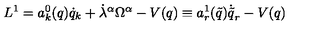
L ^ { 1 } = a _ { k } ^ { 0 } ( q ) \dot { q } _ { k } + { \dot { \lambda } } ^ { \alpha } \Omega ^ { \alpha } - V ( q ) \equiv a _ { r } ^ { 1 } ( { \tilde { q } } ) { \dot { \tilde { q } } } _ { r } - V ( q )